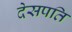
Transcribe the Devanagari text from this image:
देसपति